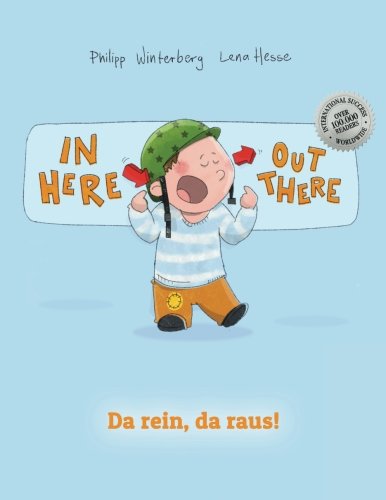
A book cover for In here, out there! Da rein, da raus!: Children's Picture Book English-German (Bilingual Edition/Dual Language); Philipp Winterberg; Children's Books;